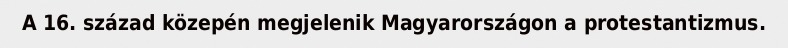
A 16. század közepén megjelenik Magyarországon a protestantizmus.